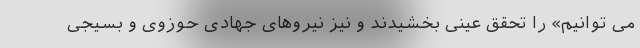
می توانیم» را تحقق عینی بخشیدند و نیز نیروهای جهادی حوزوی و بسیجی